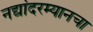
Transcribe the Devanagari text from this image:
नद्यांदरम्यानचा